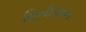
મિનીઅન